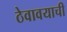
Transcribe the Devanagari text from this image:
ठेवावयाची